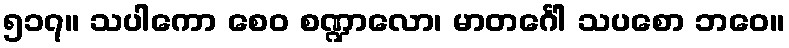
၅၁၇။ သပါကော စေဝ စဏ္ဍာလော၊ မာတင်္ဂေါ သပစော ဘဝေ။